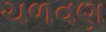
ચળવણ